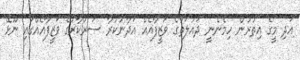
އަދި މީގެ އިތުރުން ހިމެނެނީ ދައުލަތުގެ ވަޒީފާއެއް އަދާނުކުރާ ސަރުކާރުގެ ވަޒީފާއެއްގައި ނޫޅޭ